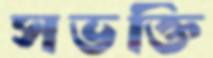
সভক্তি